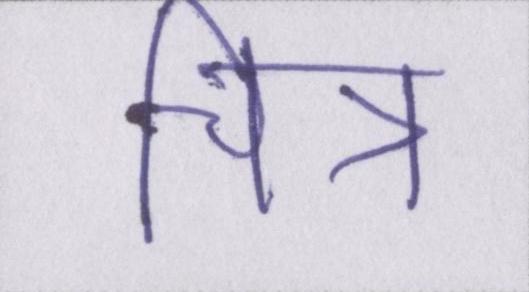
चित्र